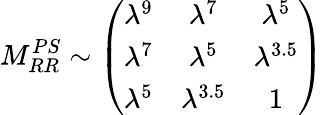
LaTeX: M_{RR}^{PS}\sim\left(\begin{array}{ccc}{{\lambda^{9}}}&{{\lambda^{7}}}&{{\lambda^{5}}}\\ {{\lambda^{7}}}&{{\lambda^{5}}}&{{\lambda^{3.5}}}\\ {{\lambda^{5}}}&{{\lambda^{3.5}}}&{{1}}\end{array}\right)